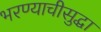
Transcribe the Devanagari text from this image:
भरण्याचीसुद्धा